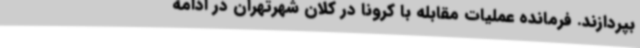
بپردازند. فرمانده عملیات مقابله با کرونا در کلان شهرتهران در ادامه